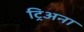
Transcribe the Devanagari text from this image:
ट्रिअना